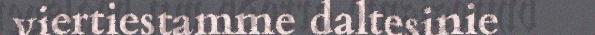
viertiestamme daltesinie